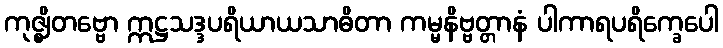
ကုဇ္ဈိတဗ္ဗော ဣဋ္ဌသဒ္ဒပရိယာယသာဓိတာ ကမ္မနိဗ္ဗတ္တာနံ ပါကာရပရိက္ခေပေါ